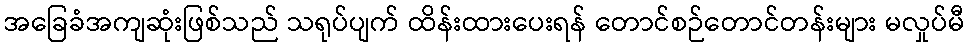
အခြေခံအကျဆုံးဖြစ်သည် သရုပ်ပျက် ထိန်းထားပေးရန် တောင်စဉ်တောင်တန်းများ မလှုပ်မီ